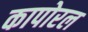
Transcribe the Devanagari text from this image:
कापोरल